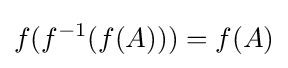
f(f^{-1}(f(A)))=f(A)